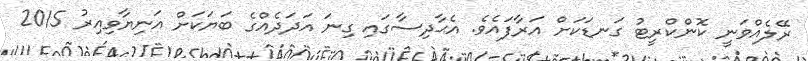
ރޭލެއްވަނީ ކޮންކްރީޓު ގަނޑަކަށް އަރާފައެވެ. އެޙާދިސާގައި ގިނަ އަދަދެއްގެ ބަޔަކަށް އަނިޔާވިއިރު 2015